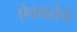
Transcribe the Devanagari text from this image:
ऐक्यतेचे